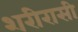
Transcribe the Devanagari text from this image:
शरीरासी